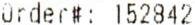
ORDER#: 152842